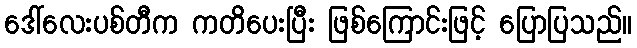
ဒေါ်လေးပစ်တီက ကတိပေးပြီး ဖြစ်ကြောင်းဖြင့် ပြောပြသည်။